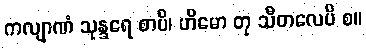
ကလျာဏံ သုန္ဒရေ စာပိ၊ ဟိမော တု သီတလေပိ စ။